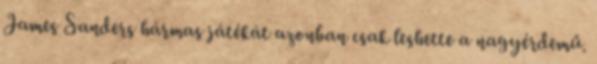
James Sanders hármas játékát azonban csak leshette a nagyérdemű.